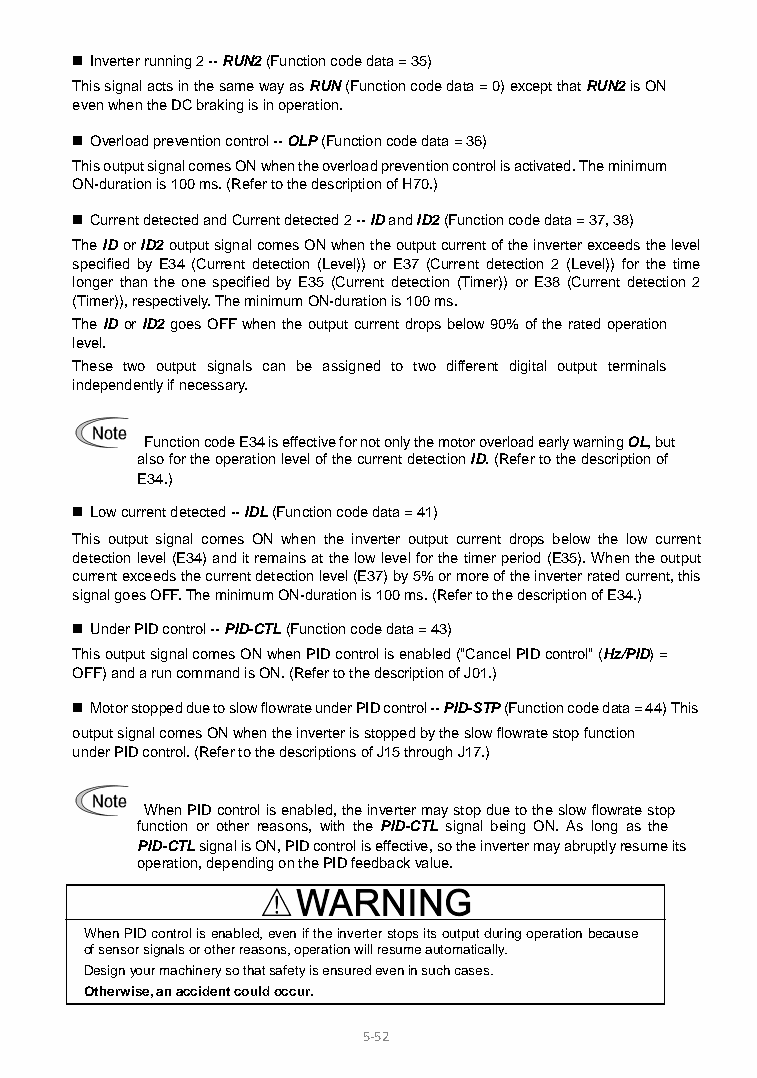
 Inverter running 2 -- RUN2 (Function code data = 35)
 This signal acts in the same way as RUN (Function code data = 0) except that RUN2 is ON
 even when the DC braking is in operation.
  Overload prevention control -- OLP (Function code data = 36)
 This output signal comes ON when the overload prevention control is activated. The minimum
 ON-duration is 100 ms. (Refer to the description of H70.)
  Current detected and Current detected 2 -- ID and ID2 (Function code data = 37, 38)
 The ID or ID2 output signal comes ON when the output current of the inverter exceeds the level
 specified by E34 (Current detection (Level)) or E37 (Current detection 2 (Level)) for the time
 longer than the one specified by E35 (Current detection (Timer)) or E38 (Current detection 2
 (Timer)), respectively. The minimum ON-duration is 100 ms.
 The ID or ID2 goes OFF when the output current drops below 90% of the rated operation
 level.
 These two output signals can be assigned to two different digital output terminals
 independently if necessary.
 Function code E34 is effective for not only the motor overload early warning OL, but
 also for the operation level of the current detection ID. (Refer to the description of
 E34.)
  Low current detected -- IDL (Function code data = 41)
 This output signal comes ON when the inverter output current drops below the low current
 detection level (E34) and it remains at the low level for the timer period (E35). When the output
 current exceeds the current detection level (E37) by 5% or more of the inverter rated current, this
 signal goes OFF. The minimum ON-duration is 100 ms. (Refer to the description of E34.)
  Under PID control -- PID-CTL (Function code data = 43)
 This output signal comes ON when PID control is enabled ("Cancel PID control" (Hz/PID) =
 OFF) and a run command is ON. (Refer to the description of J01.)
  Motor stopped due to slow flowrate under PID control -- PID-STP (Function code data = 44) This
 output signal comes ON when the inverter is stopped by the slow flowrate stop function
 under PID control. (Refer to the descriptions of J15 through J17.)
 When PID control is enabled, the inverter may stop due to the slow flowrate stop
 function or other reasons, with the PID-CTL signal being ON. As long as the
 PID-CTL signal is ON, PID control is effective, so the inverter may abruptly resume its
 operation, depending on the PID feedback value.
 When PID control is enabled, even if the inverter stops its output during operation because
 of sensor signals or other reasons, operation will resume automatically.
 Design your machinery so that safety is ensured even in such cases.
 Otherwise, an accident could occur.
 5-5 2